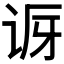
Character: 𬣨